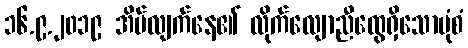
၁၆.၉.၂၀၁၉ အိပ်လျက်နေ၏ လိုက်လျောညီထွေရှိသောပုံစံ